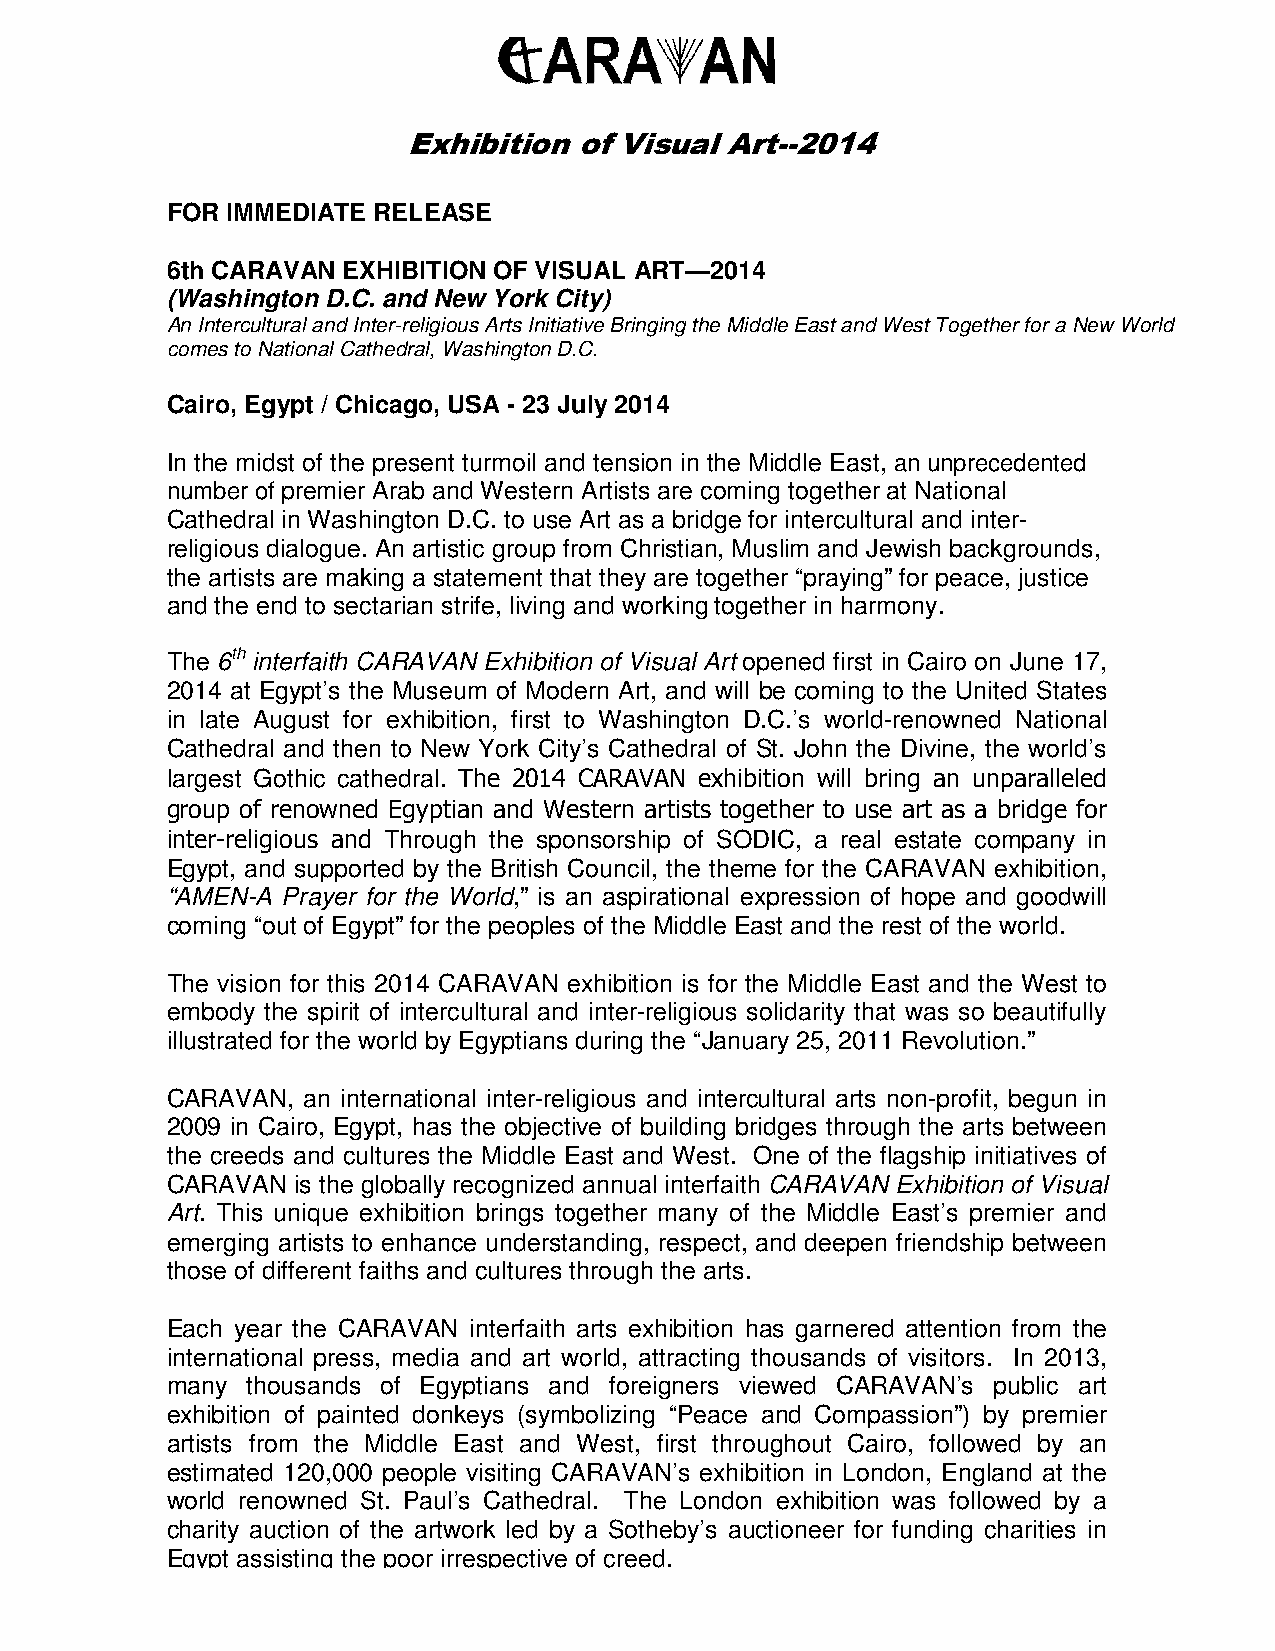
Press  Release
 Exhibition of Visual Art--2014
 FOR IMMEDIATE RELEASE
 6th CARAVAN EXHIBITION OF VISUAL ART—2014
 (Washington D.C. and New York City)
 An Intercultural and Inter-religious Arts Initiative Bringing the Middle East and West Together for a New World
 comes to National Cathedral, Washington D.C.
 Cairo, Egypt / Chicago, USA - 23 July 2014
 In the midst of the present turmoil and tension in the Middle East, an unprecedented
 number of premier Arab and Western Artists are coming together at National
 Cathedral in Washington D.C. to use Art as a bridge for intercultural and inter-
 religious dialogue. An artistic group from Christian, Muslim and Jewish backgrounds,
 the artists are making a statement that they are together “praying” for peace, justice
 and the end to sectarian strife, living and working together in harmony.
 The 6th interfaith CARAVAN Exhibition of Visual Art opened first in Cairo on June 17,
 2014 at Egypt’s the Museum of Modern Art, and will be coming to the United States
 in late August for exhibition, first to Washington D.C.’s world-renowned National
 Cathedral and then to New York City’s Cathedral of St. John the Divine, the world’s
 largest Gothic cathedral. The 2014 CARAVAN exhibition will bring an unparalleled
 group of renowned Egyptian and Western artists together to use art as a bridge for
 inter-religious and Through the sponsorship of SODIC, a real estate company in
 Egypt, and supported by the British Council, the theme for the CARAVAN exhibition,
 “AMEN-A Prayer for the World,” is an aspirational expression of hope and goodwill
 coming “out of Egypt” for the peoples of the Middle East and the rest of the world.
 The vision for this 2014 CARAVAN exhibition is for the Middle East and the West to
 embody the spirit of intercultural and inter-religious solidarity that was so beautifully
 illustrated for the world by Egyptians during the “January 25, 2011 Revolution.”
 CARAVAN, an international inter-religious and intercultural arts non-profit, begun in
 2009 in Cairo, Egypt, has the objective of building bridges through the arts between
 the creeds and cultures the Middle East and West. One of the flagship initiatives of
 CARAVAN  is the globally recognized annual interfaith CARAVAN Exhibition of Visual
 Art. This unique exhibition brings together many of the Middle East’s premier and
 emerging artists to enhance understanding, respect, and deepen friendship between
 those of different faiths and cultures through the arts.
 Each year the CARAVAN interfaith arts exhibition has garnered attention from the
 international press, media and art world, attracting thousands of visitors. In 2013,
 many thousands of Egyptians and foreigners viewed CARAVAN’s public art
 exhibition of painted donkeys (symbolizing “Peace and Compassion”) by premier
 artists from the Middle East and West, first throughout Cairo, followed by an
 estimated 120,000 people visiting CARAVAN’s exhibition in London, England at the
 world renowned St. Paul’s Cathedral. The London exhibition was followed by a
 charity auction of the artwork led by a Sotheby’s auctioneer for funding charities in
 Egypt assisting the poor irrespective of creed.